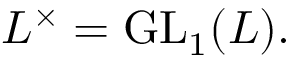
L ^ { \times } = \operatorname { G L } _ { 1 } ( L ) .